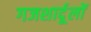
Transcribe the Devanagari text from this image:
गजशार्दूलों